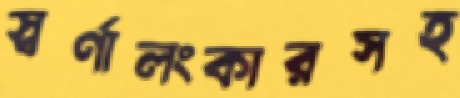
স্বর্ণালংকারসহ